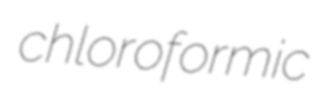
chloroformic